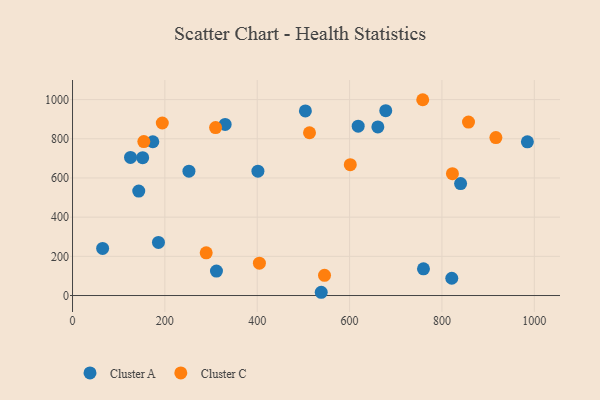
{"axis": {"x": "Ad Spend", "y": "Fuel Efficiency"}, "legend": ["Cluster A", "Cluster C"], "data": [{"x": "173.9", "y": 784.9, "type": "Cluster A"}, {"x": "760.0", "y": 136.5, "type": "Cluster A"}, {"x": "678.3", "y": 943.3, "type": "Cluster A"}, {"x": "186.1", "y": 270.8, "type": "Cluster A"}, {"x": "252.1", "y": 634.6, "type": "Cluster A"}, {"x": "661.2", "y": 860.6, "type": "Cluster A"}, {"x": "821.3", "y": 88.2, "type": "Cluster A"}, {"x": "401.5", "y": 634.4, "type": "Cluster A"}, {"x": "330.5", "y": 873.1, "type": "Cluster A"}, {"x": "151.9", "y": 703.7, "type": "Cluster A"}, {"x": "985.0", "y": 784.3, "type": "Cluster A"}, {"x": "840.4", "y": 571.4, "type": "Cluster A"}, {"x": "65.2", "y": 240.2, "type": "Cluster A"}, {"x": "311.7", "y": 125.0, "type": "Cluster A"}, {"x": "143.4", "y": 532.9, "type": "Cluster A"}, {"x": "504.3", "y": 942.0, "type": "Cluster A"}, {"x": "125.6", "y": 705.0, "type": "Cluster A"}, {"x": "538.6", "y": 16.6, "type": "Cluster A"}, {"x": "618.6", "y": 864.3, "type": "Cluster A"}, {"x": "194.4", "y": 880.6, "type": "Cluster C"}, {"x": "916.8", "y": 806.3, "type": "Cluster C"}, {"x": "154.4", "y": 785.9, "type": "Cluster C"}, {"x": "309.8", "y": 857.0, "type": "Cluster C"}, {"x": "822.7", "y": 622.0, "type": "Cluster C"}, {"x": "601.5", "y": 667.9, "type": "Cluster C"}, {"x": "513.2", "y": 830.8, "type": "Cluster C"}, {"x": "289.5", "y": 217.8, "type": "Cluster C"}, {"x": "758.4", "y": 999.3, "type": "Cluster C"}, {"x": "857.5", "y": 885.1, "type": "Cluster C"}, {"x": "404.7", "y": 164.9, "type": "Cluster C"}, {"x": "545.7", "y": 103.0, "type": "Cluster C"}]}